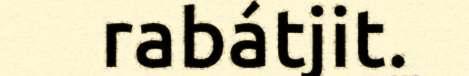
rabátjit.